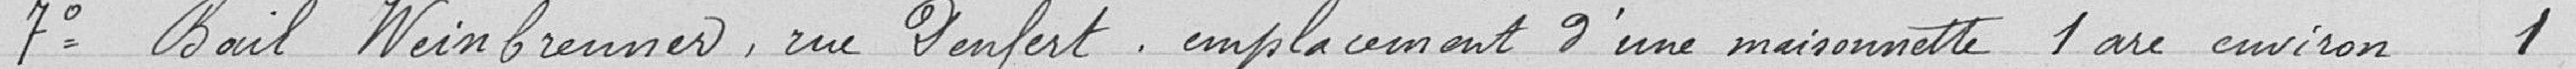
7° Bail Weinbrenner, rue Denfert - emplacement d'une maisonnette 1are environ  1,00